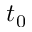
t _ { 0 }